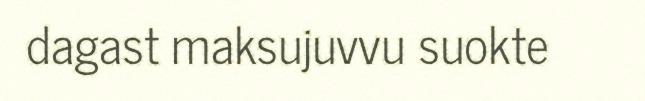
dagast maksujuvvu suokte